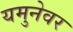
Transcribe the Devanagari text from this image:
यमुनेवर